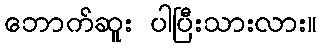
ဘောက်ဆူး ပါပြီးသားလား။